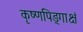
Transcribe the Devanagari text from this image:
कृष्णपिङ्गाक्षं